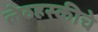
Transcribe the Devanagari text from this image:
लेव्हस्कीचे